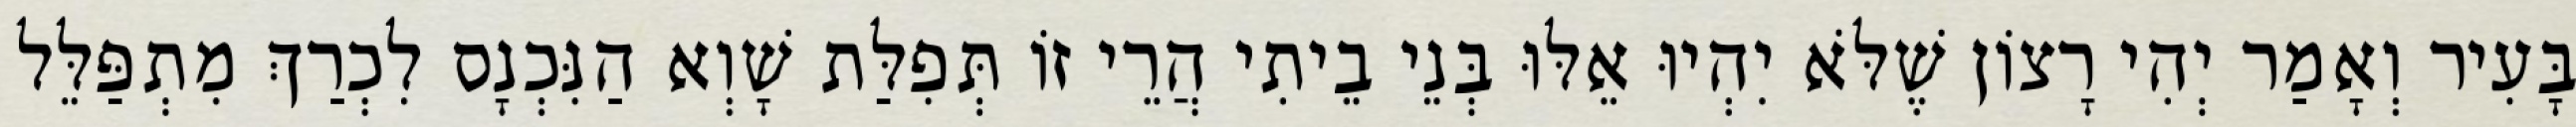
בָּעִיר וְאָמַר יְהִי רָצוֹן שֶׁלֹּא יִהְיוּ אֵלּוּ בְּנֵי בֵיתִי הֲרֵי זוֹ תְּפִלַּת שָׁוְא הַנִּכְנָס לִכְרַךְ מִתְפַּלֵּל